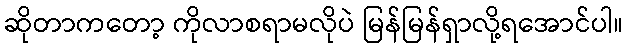
ဆိုတာကတော့ ကိုလာစရာမလိုပဲ မြန်မြန်ရှာလို့ရအောင်ပါ။